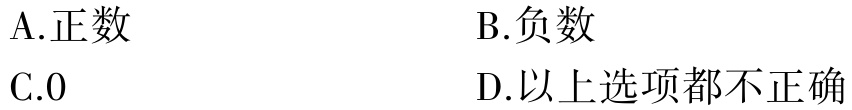
A.正数
B.负数
C.0
D.以上选项都不正确